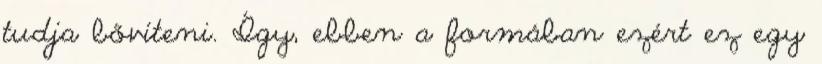
tudja bővíteni. Így, ebben a formában ezért ez egy